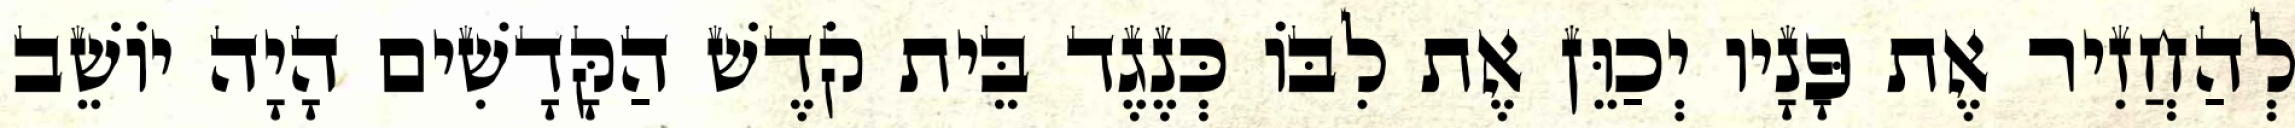
לְהַחֲזִיר אֶת פָּנָיו יְכַוֵּן אֶת לִבּוֹ כְּנֶגֶד בֵּית קֹדֶשׁ הַקָּדָשִׁים הָיָה יוֹשֵׁב